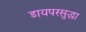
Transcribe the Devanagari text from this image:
डायपरसुद्धा